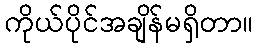
ကိုယ်ပိုင်အချိန်မရှိတာ။